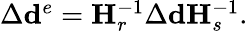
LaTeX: \begin{array}{r}{\Delta\mathbf{d}^{e}=\mathbf{H}_{r}^{-1}\Delta\mathbf{d}\mathbf{H}_{s}^{-1}.}\end{array}